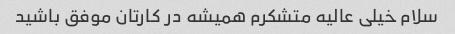
سلام خیلی عالیه متشکرم همیشه در کارتان موفق باشید